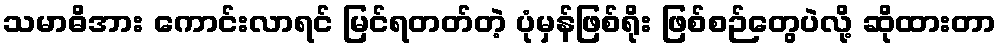
သမာဓိအား ကောင်းလာရင် မြင်ရတတ်တဲ့ ပုံမှန်ဖြစ်ရိုး ဖြစ်စဉ်တွေပဲလို့ ဆိုထားတာ